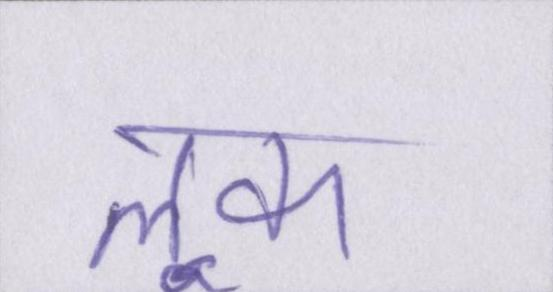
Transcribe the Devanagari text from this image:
लूक